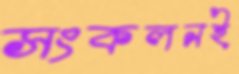
সংকলনই